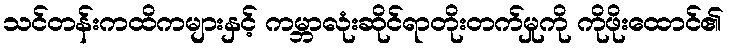
သင်တန်းကထိကများနှင့် ကမ္ဘာလုံးဆိုင်ရာတိုးတက်မှုကို ကိုဖိုးထောင်၏